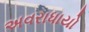
અવરાધાયો